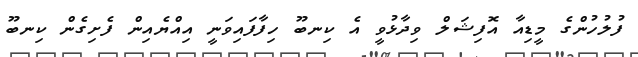
ފުލުހުންގެ މީޑިއާ އޮފިޝަލް ވިދާޅުވީ އެ ކިނބޫ ހިފާފައިވަނީ އިއްޔެއިން ފެށިގެން ކިނބޫ